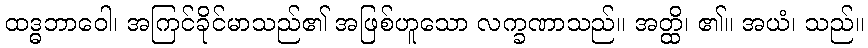
ထဒ္ဓဘာဝေါ၊ အကြင်ခိုင်မာသည်၏ အဖြစ်ဟူသော လက္ခဏာသည်။ အတ္ထိ၊ ၏။ အယံ၊ သည်။